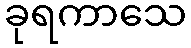
ခုရကာသေ